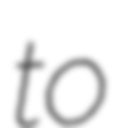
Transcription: to